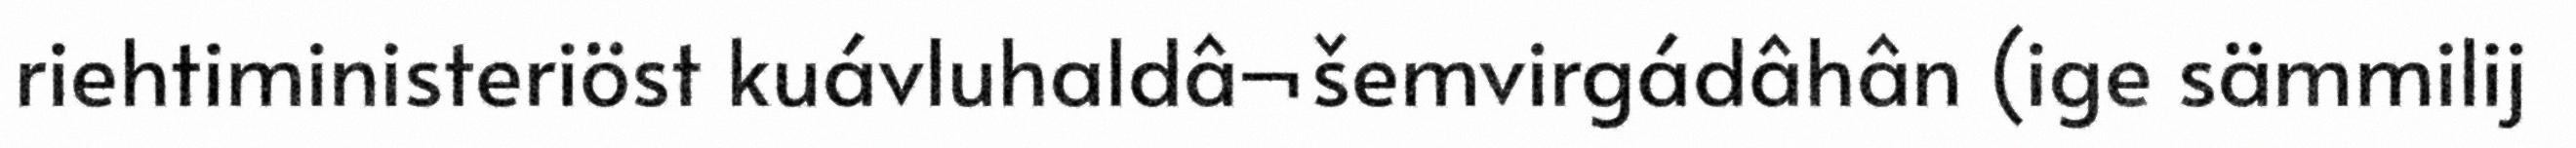
riehtiministeriöst kuávluhaldâ¬šemvirgádâhân (ige sämmilij